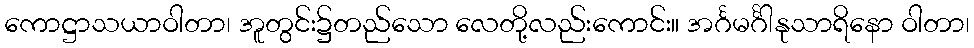
ကောဋ္ဌာသယာဝါတာ၊ အူတွင်း၌တည်သော လေတို့လည်းကောင်း။ အင်္ဂမင်္ဂါနုသာရိနော ဝါတာ၊